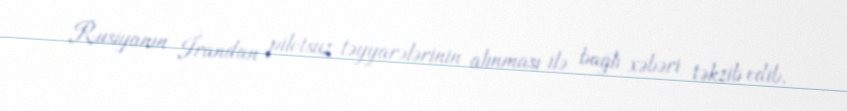
Rusiyanın İrandan pilotsuz təyyarələrinin alınması ilə bağlı xəbəri təkzib edib.